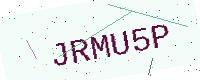
Text: JRMU5P